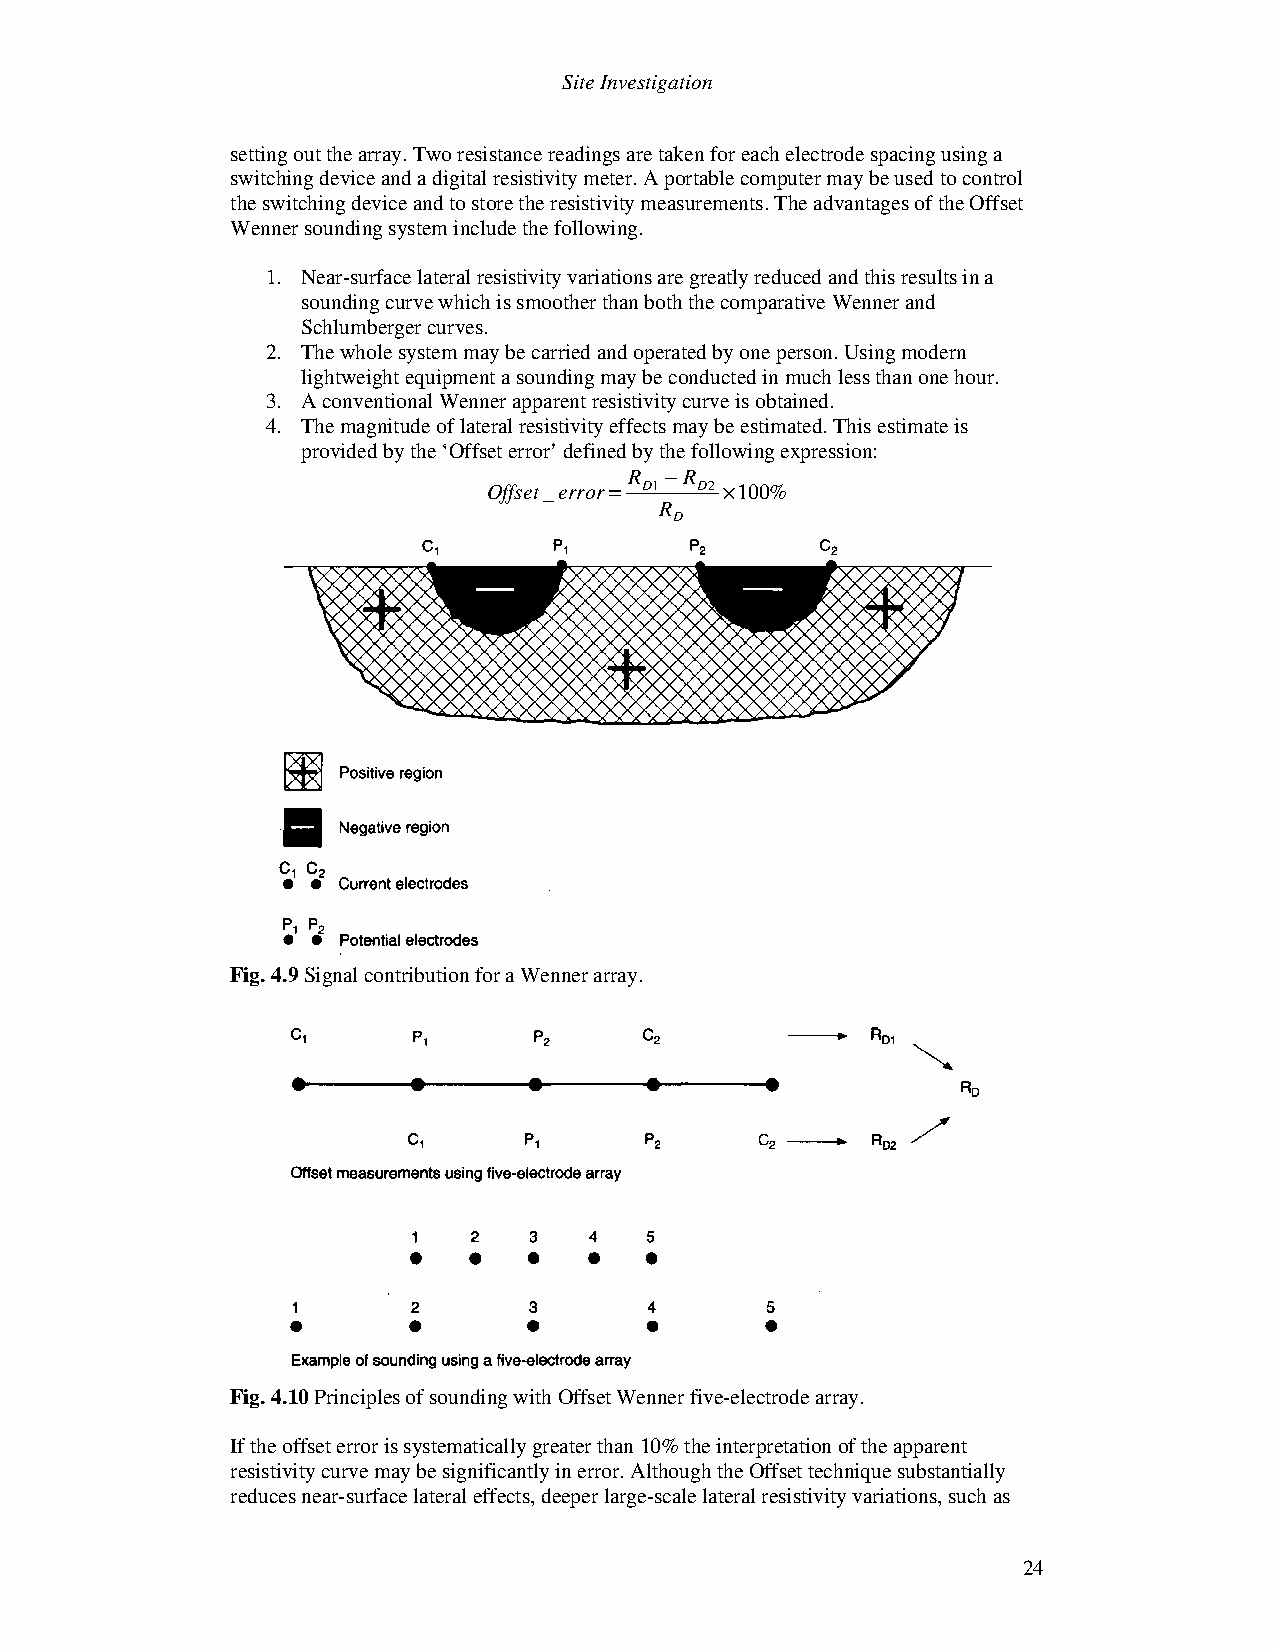
Site Investigation
 setting out the array. Two resistance readings are taken for each electrode spacing using a
 switching device and a digital resistivity meter. A portable computer may be used to control
 the switching device and to store the resistivity measurements. The advantages of the Offset
 Wenner sounding system include the following.
 1. Near-surface lateral resistivity variations are greatly reduced and this results in a
 sounding curve which is smoother than both the comparative Wenner and
 Schlumberger curves.
 2. The whole system may be carried and operated by one person. Using modern
 lightweight equipment a sounding may be conducted in much less than one hour.
 3. A conventional Wenner apparent resistivity curve is obtained.
 4. The magnitude of lateral resistivity effects may be estimated. This estimate is
 provided by the ‘Offset error’ defined by the following expression:
 R -R
 Offset_error= D1 D2 ·100%
 R
 D
 Fig. 4.9 Signal contribution for a Wenner array.
 Fig. 4.10 Principles of sounding with Offset Wenner five-electrode array.
 If the offset error is systematically greater than 10% the interpretation of the apparent
 resistivity curve may be significantly in error. Although the Offset technique substantially
 reduces near-surface lateral effects, deeper large-scale lateral resistivity variations, such as
 24